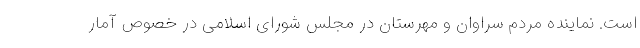
است. نماینده مردم سراوان و مهرستان در مجلس شورای اسلامی در خصوص آمار